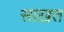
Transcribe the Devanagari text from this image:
साख़त